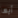
أيها